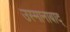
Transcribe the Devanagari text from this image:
उस्मानाबाद्